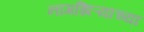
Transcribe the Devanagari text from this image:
नागझिऱ्याच्या